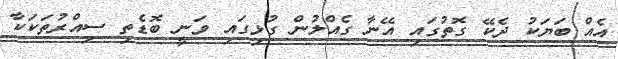
އެއް ބަޔަކު ދެކޭ ގޮތުގައި އޭނާ ގެއްލުން ގުޅިގައި ވަނީ ބޮޑެތި ސިއްރުތަކަކާ